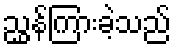
ညွှန်ကြားခဲ့သည်